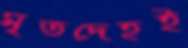
মৃতদেহই